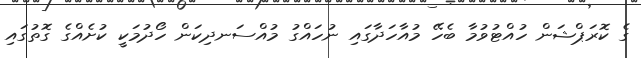
ގެ ކޮރަޕްޝަން ހުއްޓުވުމާ ބެހޭ މުއާހަދާގައި ނުހައްގު މުއްސަނދިކަން ހޯދުމަކީ ކުށެއްގެ ގޮތުގައި